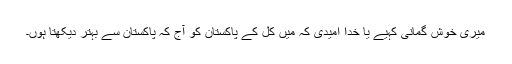
میری خوش گمانی کہیے یا خدا امیدی کہ میں کل کے پاکستان کو آج کہ پاکستان سے بہتر دیکھتا ہوں۔